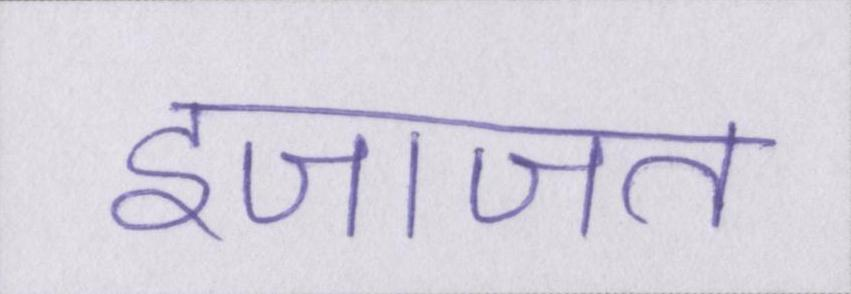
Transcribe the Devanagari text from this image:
इजाजत